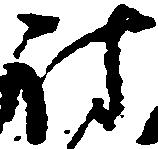
討